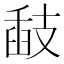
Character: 𢻗